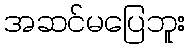
အဆင်မပြေဘူး